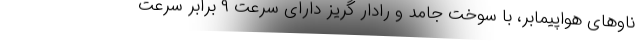
ناوهای هواپیمابر، با سوخت جامد و رادار گریز دارای سرعت ۹ برابر سرعت